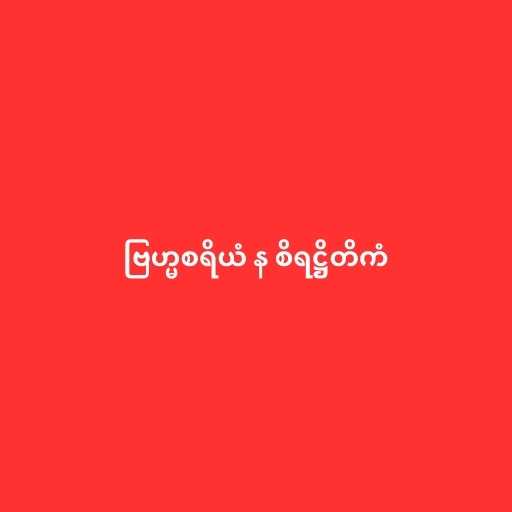
ဗြဟ္မစရိယံ န စိရဋ္ဌိတိကံ